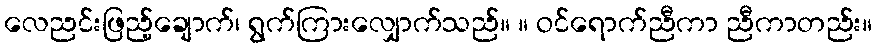
လေညင်းဖြည့်ချောက်၊ ရွက်ကြားလျှောက်သည်။ ။ ဝင်ရောက်ညီကာ ညီကာတည်း။